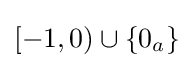
[-1,0)\cup \{0_{a}\}